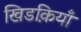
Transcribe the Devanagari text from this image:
खिडक़ियाँ